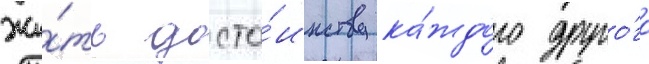
жи́ть досто́инству ка́ждого друго́го